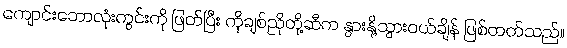
ကျောင်းဘောလုံးကွင်းကို ဖြတ်ပြီး ကိုချစ်ညိုတို့ဆီက နွားနို့သွားဝယ်ချိန် ဖြစ်တတ်သည်။